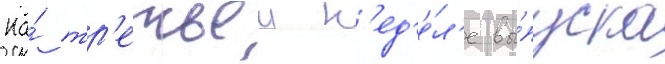
На́ тр'етьеи н'ед'е́л'е вы́пуска